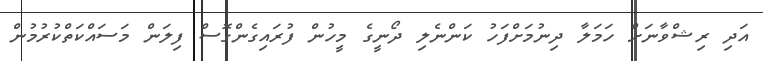
އަދި ރިޝްވާނަށް ހަމަލާ ދިނުމަށްފަހު ކަންނެލި ދޯނީގެ މީހުން ފުރައިގެންގޮސް ފިލަން މަސައްކަތްކުރުމުން